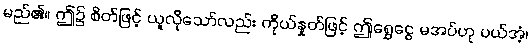
မည်၏။ ဤ၌ စိတ်ဖြင့် ယူလိုသော်လည်း ကိုယ်နှုတ်ဖြင့် ဤရွှေငွေ မအပ်ဟု ပယ်အံ့၊